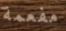
مفعمة